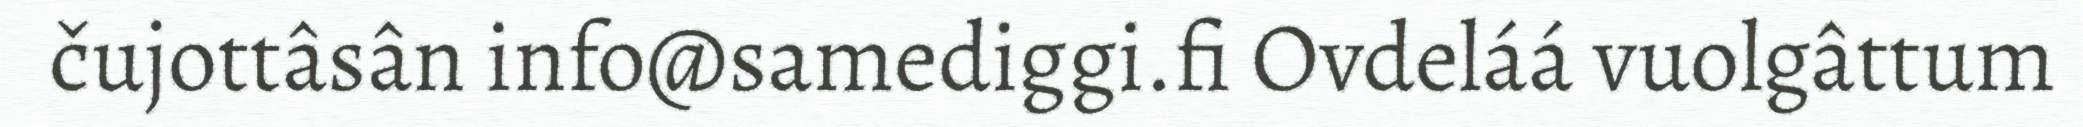
čujottâsân info@samediggi.fi Ovdeláá vuolgâttum